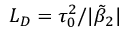
L _ { D } = \tau _ { 0 } ^ { 2 } / | \tilde { \beta } _ { 2 } |